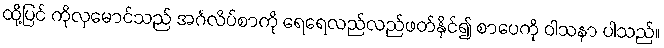
ထို့ပြင် ကိုလှမောင်သည် အင်္ဂလိပ်စာကို ရေရေလည်လည်ဖတ်နိုင်၍ စာပေကို ဝါသနာ ပါသည်။